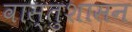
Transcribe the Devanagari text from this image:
वास्तुशासन